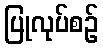
ပြုလုပ်စဉ်